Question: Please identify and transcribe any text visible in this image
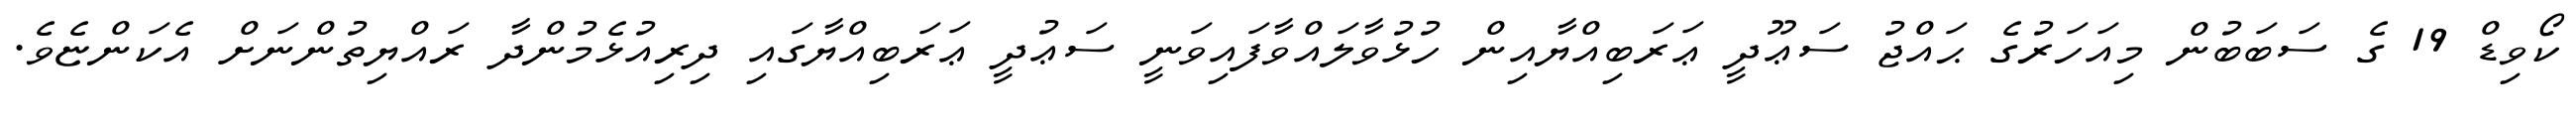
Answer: ކޯވިޑް 19 ގެ ސަބަބުން މިއަހަރުގެ ޙައްޖު ސަޢޫދީ ޢަރަބިއްޔާއިން ހުޅުވާލައްވާފައިވަނީ ސަޢުދީ ޢަރަބިއްޔާގައި ދިރިއުޅެމުންދާ ރައްޔިތުންނަށް އެކަންޏެވެ.